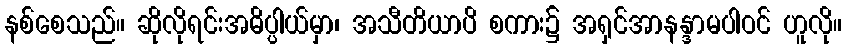
နစ်စေသည်။ ဆိုလိုရင်းအဓိပ္ပါယ်မှာ၊ အသီတိယာပိ စကား၌ အရှင်အာနန္ဒာမပါဝင် ဟူလို။